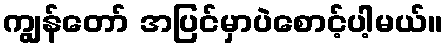
ကျွန်တော် အပြင်မှာပဲစောင့်ပါ့မယ်။